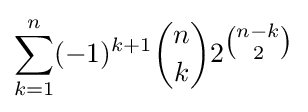
\displaystyle \sum _{k=1}^{n}(-1)^{k+1}{\binom {n}{k}}2^{\tbinom {n-k}{2}}